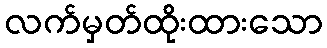
လက်မှတ်ထိုးထားသော